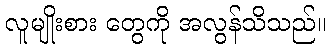
လူမျိုးစား တွေကို အလွန်သိသည်။